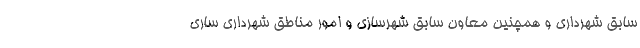
سابق شهرداری و همچنین معاون سابق شهرسازی و امور مناطق شهرداری ساری